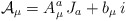
\begin{align*}{\cal A}_\mu = A_\mu^a \, J_a + b_\mu\, i\end{align*}